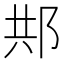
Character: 䢼